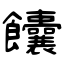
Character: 饢